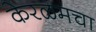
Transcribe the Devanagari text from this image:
केरळमचा